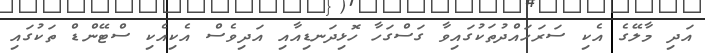
އަދި މާލޭގެ އެކި ސަރަހައްދުތަކުގައިވާ ގަސްގަހާ ހޮޅިދަނޑިއާއި އަދިވެސް އެކިއެކި ސްޓޭންޑް ތަކުގައި